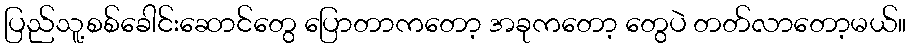
ပြည်သူ့စစ်ခေါင်းဆောင်တွေ ပြောတာကတော့ အခုကတော့ တွေပဲ တတ်လာတော့မယ်။